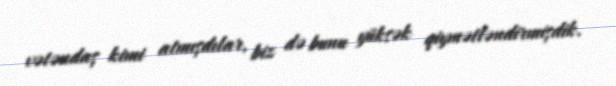
vətəndaş kimi atmışdılar, biz də bunu yüksək qiymətləndirmişdik.